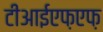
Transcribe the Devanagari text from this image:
टीआईएफ़एफ़